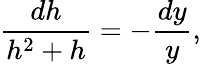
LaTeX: \frac{dh}{h^{2}+h}=-\frac{dy}{y},